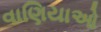
વાણિયાઓ